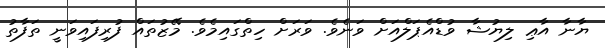
ޔާނާ އާޢި ލިޔުޝާ ވުޑްއެޕަލްއަށް ވަނެވެ. ވަރަށް ހިތްގައިމެވެ. މޭޒުތައް ފުރިފައިވަނީ ތަފާތު